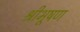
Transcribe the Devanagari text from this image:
श्रीभूषण